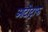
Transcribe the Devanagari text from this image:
आटोट्राफ